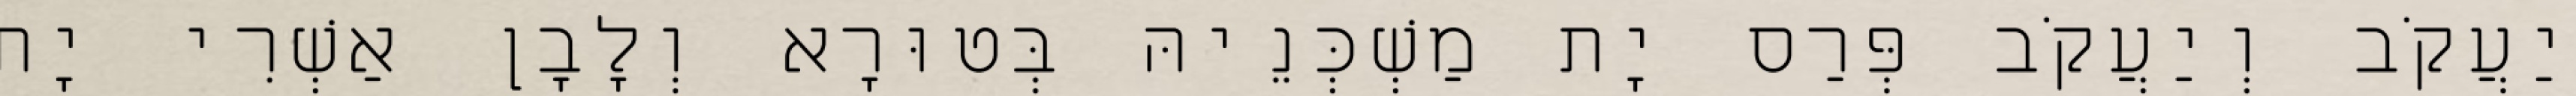
יַעֲקֹב וְיַעֲקֹב פְּרַס יָת מַשְׁכְּנֵיהּ בְּטוּרָא וְלָבָן אַשְׁרִי יָת